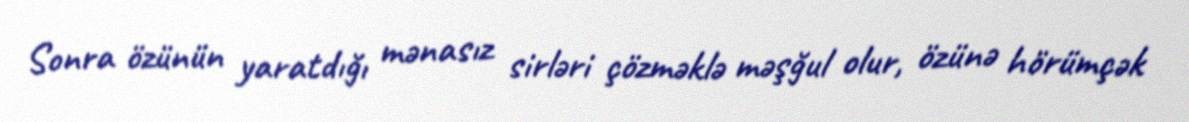
Sonra özünün yaratdığı mənasız sirləri çözməklə məşğul olur, özünə hörümçək